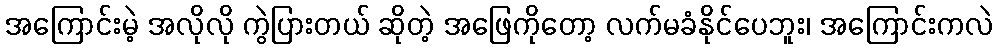
အကြောင်းမဲ့ အလိုလို ကွဲပြားတယ် ဆိုတဲ့ အဖြေကိုတော့ လက်မခံနိုင်ပေဘူး၊ အကြောင်းကလဲ